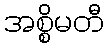
အစ္စိမတီ